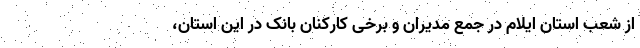
از شعب استان ایلام در جمع مدیران و برخی کارکنان بانک در این استان،